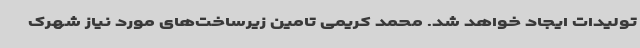
تولیدات ایجاد خواهد شد. محمد کریمی تامین زیرساخت‌های مورد نیاز شهرک